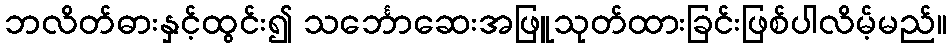
ဘလိတ်ဓားနှင့်ထွင်း၍ သင်္ဘောဆေးအဖြူသုတ်ထားခြင်းဖြစ်ပါလိမ့်မည်။